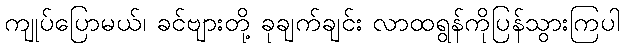
ကျုပ်ပြောမယ်၊ ခင်ဗျားတို့ ခုချက်ချင်း လာထရွန်ကိုပြန်သွားကြပါ